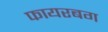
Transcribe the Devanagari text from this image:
फायरबग